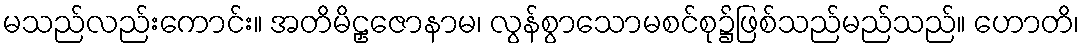
မသည်လည်းကောင်း။ အတိမိဠှဇောနာမ၊ လွန်စွာသောမစင်စု၌ဖြစ်သည်မည်သည်။ ဟောတိ၊